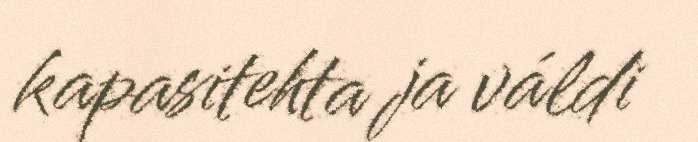
kapasitehta ja váldi